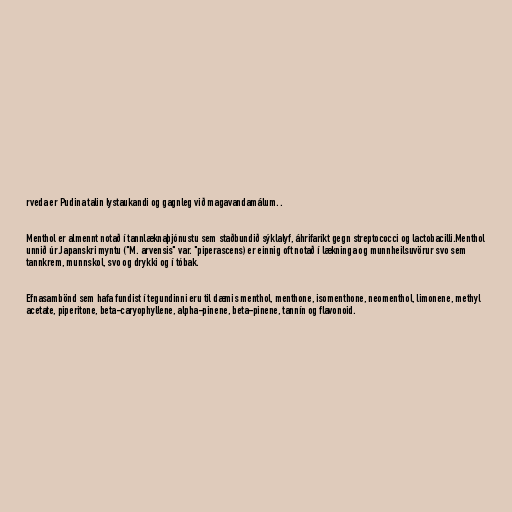
rveda er Pudina talin lystaukandi og gagnleg við magavandamálum. .

Menthol er almennt notað í tannlæknaþjónustu sem staðbundið sýklalyf, áhrifaríkt gegn streptococci og lactobacilli.Menthol
unnið úr Japanskri myntu ("M. arvensis" var. "piperascens) er einnig oft notað í lækninga og munnheilsuvörur svo sem
tannkrem, munnskol, svo og drykki og í tóbak.

Efnasambönd sem hafa fundist í tegundinni eru til dæmis menthol, menthone, isomenthone, neomenthol, limonene, methyl
acetate, piperitone, beta-caryophyllene, alpha-pinene, beta-pinene, tannín og flavonoid.